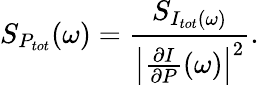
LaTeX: S_{P_{tot}}(\omega)=\frac{S_{I_{tot}(\omega)}}{\left|\frac{\partial I}{\partial P}(\omega)\right|^{2}}.